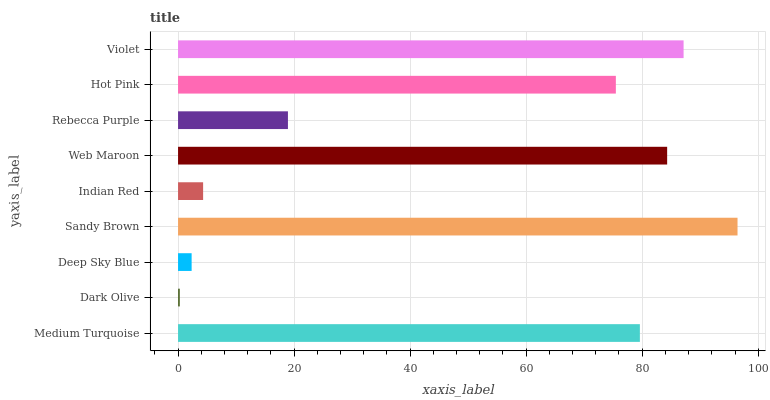
| yaxis_label | bars |
 | --- | --- |
 | Medium Turquoise | 79.6 |
 | Dark Olive | 0.307 |
 | Deep Sky Blue | 2.34 |
 | Sandy Brown | 96.4 |
 | Indian Red | 4.32 |
 | Web Maroon | 84.3 |
 | Rebecca Purple | 18.9 |
 | Hot Pink | 75.5 |
 | Violet | 87.1 |